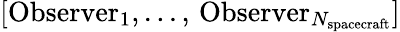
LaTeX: [\mathrm{Observer}_{1},...,\, \mathrm{Observer}_{N_{\mathrm{spacecraft}}}]